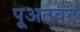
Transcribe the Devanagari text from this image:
पूअटवट